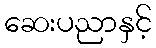
ဆေးပညာနှင့်